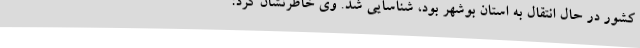
کشور در حال انتقال به استان بوشهر بود، شناسایی شد. وی خاطرنشان کرد: